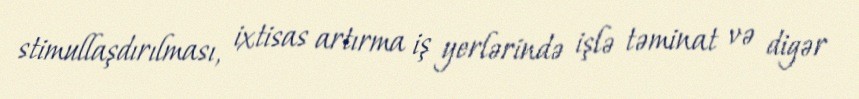
stimullaşdırılması, ixtisas artırma iş yerlərində işlə təminat və digər